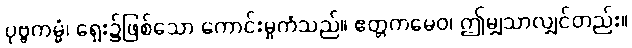
ပုဗ္ဗကမ္မံ၊ ရှေး၌ဖြစ်သော ကောင်းမှုကံသည်။ ဧတ္တကမေဝ၊ ဤမျှသာလျှင်တည်း။